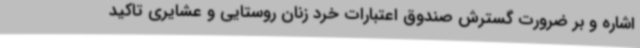
اشاره و بر ضرورت گسترش صندوق اعتبارات خرد زنان روستایی و عشایری تاکید